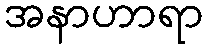
အနာဟာရာ